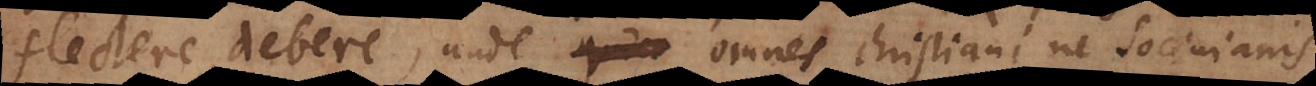
flectere debere unde quida omnes Christiani ne Socinianis